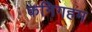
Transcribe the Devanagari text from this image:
कनिगहम